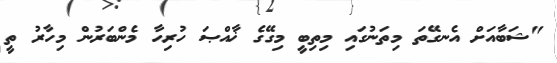
"ޝަބާއަށް އެނގޭތަ މިތަނުގައި މިތިބީ މިގޭގެ ޚާއްޞަ ހުރިހާ މެންބަރުން މިހާރު ތީ